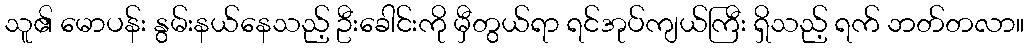
သူ၏ မောပန်း နွမ်းနယ်နေသည့် ဦးခေါင်းကို မှီတွယ်ရာ ရင်အုပ်ကျယ်ကြီး ရှိသည့် ရက် ဘတ်တလာ။